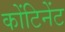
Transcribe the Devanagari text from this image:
कोंटिनेंट